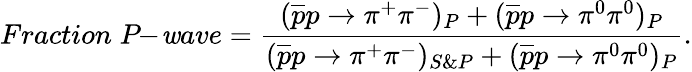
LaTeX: Fraction\; P\! \! -\! \mathit{w}ave={\frac{{(\overline{{{{p}}}}p\rightarrow\pi^{+}\pi^{-})_{P}+(\overline{{{{p}}}}p\rightarrow\pi^{0}\pi^{0})_{P}}}{{(\overline{{{{p}}}}p\rightarrow\pi^{+}\pi^{-})_{S\& P}+(\overline{{{{p}}}}p\rightarrow\pi^{0}\pi^{0})_{P}}}}.